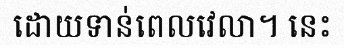
ដោយទាន់ពេលវេលា។ នេះ